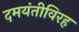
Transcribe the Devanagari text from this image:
दमयंतीविरह